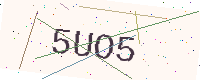
Text: 5UO5